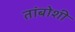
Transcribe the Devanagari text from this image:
तांबोशी